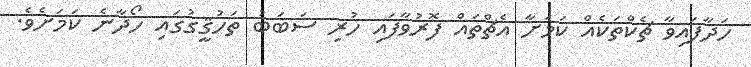
ހަދާފައިވާ ޗެކްތަކެއް ކަމަށާ އެޗްތައް ފޮރުވާފައި ހުރި ސަބަބު ތަހުޤީގުގައި ހޯދާނެ ކަމަށެވެ.